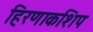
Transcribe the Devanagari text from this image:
हिरणाकशिप